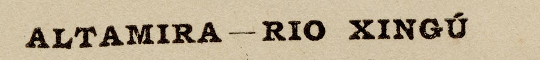
ALTAMIRA — RIO XINGÚ